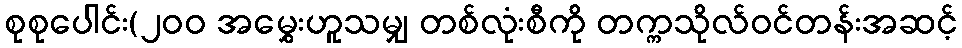
စုစုပေါင်း(၂၀၀ အမွှေးဟူသမျှ တစ်လုံးစီကို တက္ကသိုလ်ဝင်တန်းအဆင့်